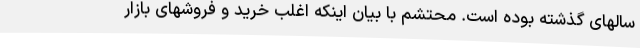
سالهای گذشته بوده است. محتشم با بیان اینکه اغلب خرید و فروشهای بازار